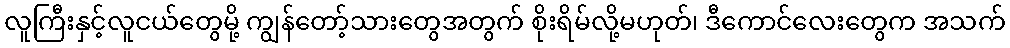
လူကြီးနှင့်လူငယ်တွေမို့ ကျွန်တော့်သားတွေအတွက် စိုးရိမ်လို့မဟုတ်၊ ဒီကောင်လေးတွေက အသက်